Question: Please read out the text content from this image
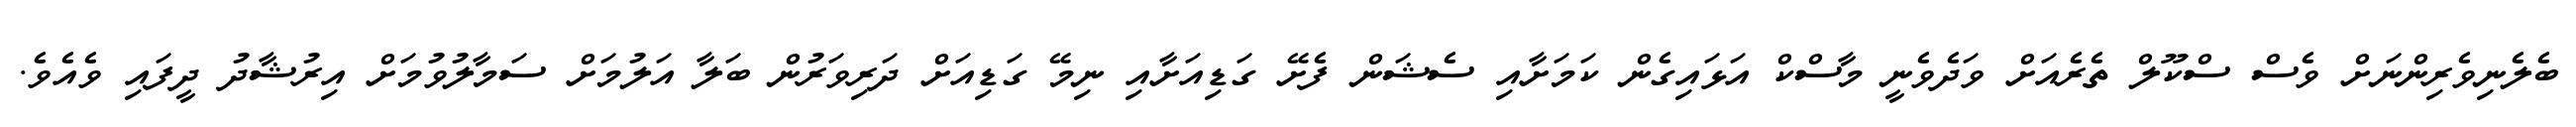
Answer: ބެލެނިވެރިންނަށް ވެސް ސްކޫލް ތެރެއަށް ވަދެވެނީ މާސްކް އަޅައިގެން ކަމަށާއި ސެޝަން ފެށޭ ގަޑިއަށާއި ނިމޭ ގަޑިއަށް ދަރިވަރުން ބަލާ އަލުމަށް ސަމާލުވުމަށް އިރުޝާދު ދީފައި ވެއެވެ.